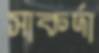
সাকর্দা